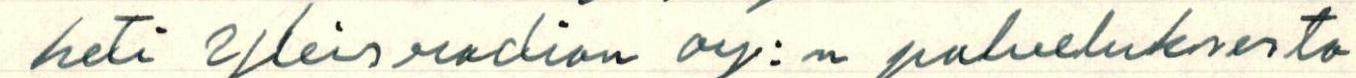
heti Yleisradion Oy:n palveluksesta.